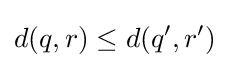
d(q,r)\leq d(q',r')